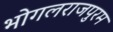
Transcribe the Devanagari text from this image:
भोगलराजपुरम